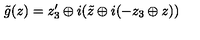
\tilde { g } ( z ) = z _ { 3 } ^ { \prime } \oplus i ( \tilde { z } \oplus i ( - z _ { 3 } \oplus z ) )